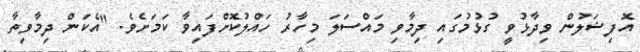
އޮފިޝަލުން ވިދާޅުވީ ގުޅުމުގައި ދިމާވި މައްސަލަ މިހާރު ހައްލުކޮށްފައިވާ ކަމަށެވެ. "އެކަން ދިމާވިތާ